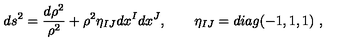
d s ^ { 2 } = \frac { d \rho ^ { 2 } } { \rho ^ { 2 } } + \rho ^ { 2 } \eta _ { I J } d x ^ { I } d x ^ { J } , \qquad \eta _ { I J } = d i a g ( - 1 , 1 , 1 ) \ ,